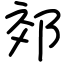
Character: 郊